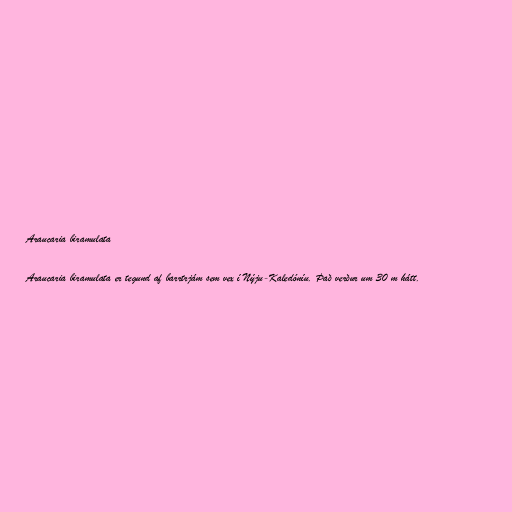
Araucaria biramulata

Araucaria biramulata er tegund af barrtrjám sem vex í Nýju-Kaledóníu. Það verður um 30 m hátt.